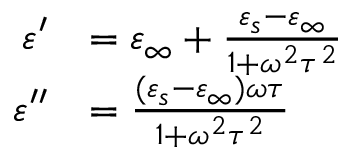
{ \begin{array} { r l } { \varepsilon ^ { \prime } } & { = \varepsilon _ { \infty } + { \frac { \varepsilon _ { s } - \varepsilon _ { \infty } } { 1 + \omega ^ { 2 } \tau ^ { 2 } } } } \\ { \varepsilon ^ { \prime \prime } } & { = { \frac { ( \varepsilon _ { s } - \varepsilon _ { \infty } ) \omega \tau } { 1 + \omega ^ { 2 } \tau ^ { 2 } } } } \end{array} }